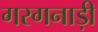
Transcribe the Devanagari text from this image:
गरगनाड़ी